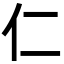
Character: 仁